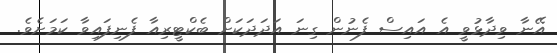
އޭނާ ވިދާޅުވީ އެ އައިސް ފެނުން ގިނަ އަދަދަކަށް ބެކްޓީރިއާ ފެނިފައިވާ ކަމަށެވެ.